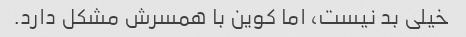
خیلی بد نیست، اما کوین با همسرش مشکل دارد.